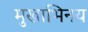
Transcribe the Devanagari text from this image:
मुखाभिनय